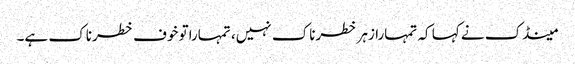
مینڈک نے کہا کہ تمہارا زہر خطرناک نہیں، تمہاراتو خوف خطرناک ہے۔